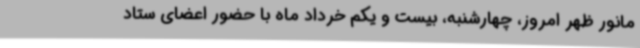
مانور ظهر امروز، چهارشنبه، بیست و یکم خرداد ماه با حضور اعضای ستاد